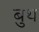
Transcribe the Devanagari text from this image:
बुथ